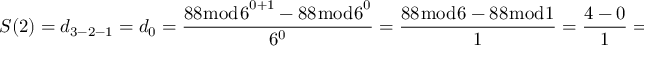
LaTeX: S ( 2 ) = d _ { 3 - 2 - 1 } = d _ { 0 } = { \frac { 8 8 { \bmod { 6 } } ^ { 0 + 1 } - 8 8 { \bmod { 6 } } ^ { 0 } } { 6 ^ { 0 } } } = { \frac { 8 8 { \bmod { 6 } } - 8 8 { \bmod { 1 } } } { 1 } } = { \frac { 4 - 0 } { 1 } } = { \frac { 4 } { 1 } } = 4